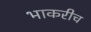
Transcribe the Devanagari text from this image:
भाकरीच